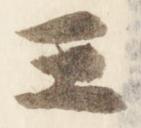
王